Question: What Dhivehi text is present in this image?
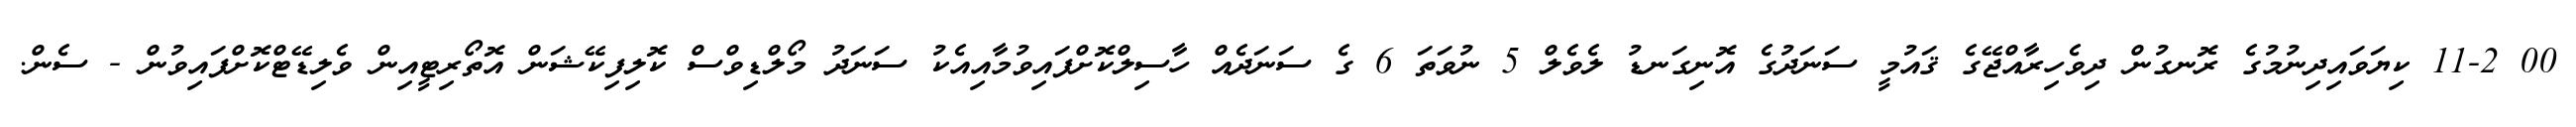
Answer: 00 11-2 ކިޔަވައިދިނުމުގެ ރޮނގުން ދިވެހިރާއްޖޭގެ ޤައުމީ ސަނަދުގެ އޮނިގަނޑު ލެވެލް 5 ނުވަތަ 6 ގެ ސަނަދެއް ހާސިލްކޮށްފައިވުމާއިއެކު ސަނަދު މޯލްޑިވްސް ކޮލިފިކޭޝަން އޮތޯރިޓީއިން ވެލިޑޭޓްކޮށްފައިވުން - ސެން.